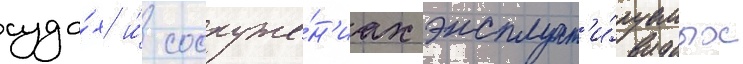
суда́х и́ сооруже́н'иах эксплуат'и́руемых